Report on vaccination in the Province of Bengal - 1869-1873
Year: 1869
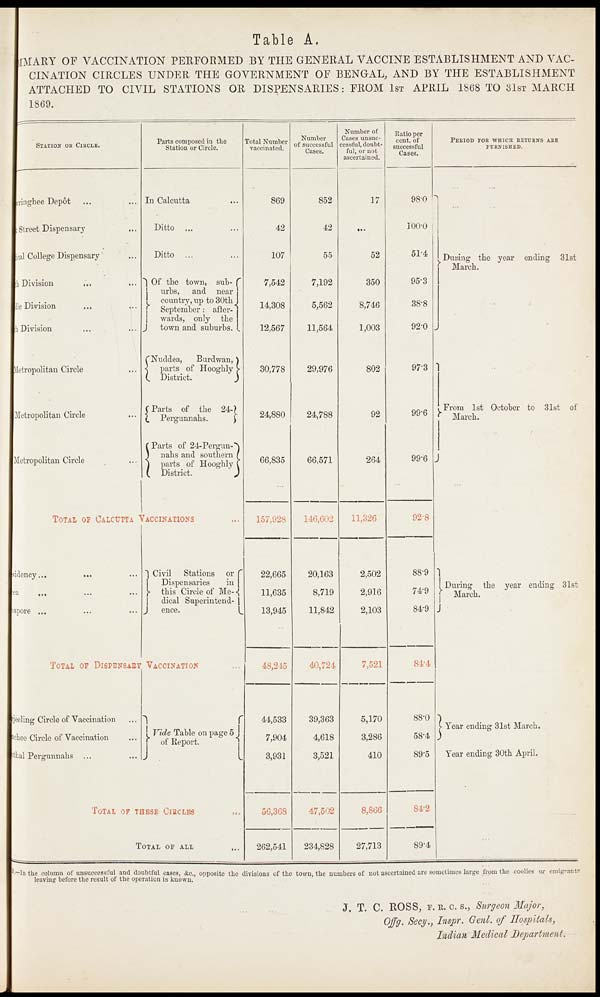
Table A.
MMARY OF VACCINATION PERFORMED BY THE GENERAL VACCINE ESTABLISHMENT AND VAC-
CINATION CIRCLES UNDER THE GOVERNMENT OF BENGAL, AND BY THE ESTABLISHMENT
ATTACHED TO CIVIL STATIONS OR DISPENSARIES: FROM 1ST APRIL 1868 TO 31ST MARCH
1869.
STATION OR CIRCLE.
vringhee Depôt... ...
Street Dispensary... ...
ieal College Dispensary... ...
Division... ...
Division... ...
Division... ...
Metropolitan Circle... ...
Metropolitan Circle
Metropolitan Circle... ...
Parts composed in the
Station or Circle.
In Calcutta...
Ditto ... ...
Ditto ... ...
Of the town, sub-
urbs, and near
country, up to 30th
September : after-
wards, only the
town and suburbs.
Nuddea, Burdwan
parts of Hooghly
District.
Parts of the 24-
Pergunnahs.
Parts of 24-Pergun-
nahs and southern
parts of Hooghly
District.
TOTAL OF CALCUTTA VACCINATIONS...
sidency...
...
...
ca ... ... ...
mpore... ... ...
Civil Stations or
Dispensaries
in
this Circle of Me-
dical Superintend-
ence.
TOTAL OF DISPENSARY VACCINATION.
jeeling Circle of Vaccination...
ichee Circle of Vaccination...
thal Pergunnahs... ...
Vide Table on page 5
of Report.
TOTAL OF THESE CIRCLES...
TOTAL OF ALL. . .
Total Number
vaccinated.
869
42
107
7,542
14,308
12,567
30,778
24,880
66,835
157,928
22,665
11,635
13,945
48,245
44,533
7,904
3,931
56,368
262,541
Number
of successful
Cases.
852
42
55
7,192
5,562
11,564
29,976
24,788
66,571
146,602
20,163
8,719
11,842
40,724
39,363
4,618
3,521
47,502
234,828
Number of
Cases unsuc-
cessful, doubt-
ful, or not
ascertained.
17
...
52
350
8,746
1,003
802
92
264
11,326
2,502
2,916
2,103
7,521
5,170
3,286
410
8,866
27,713
Ratio per
cent. of
successful
Cases.
98.0
100.0
51.4
95.3
38.8
92.0
97.3
99.6
99.6
92.8
88.9
74.9
84.9
84.4
88.0
58.4
89.5
84.2
89.4
PERIOD FOR WHICH RETURNS ARE
FURNISHED.
During the year ending 31st
March.
From 1st October to 31st of
March.
During the year ending 31st
March.
Year ending 31st March.
Year ending 30th April.
B. —In the column of unsuccessful and doubtful cases, &c., opposite the divisions of the town, the numbers of not ascertained are sometimes large from the coolies or emigrants
leaving before the result of the operation is known.
J. T. C. ROSS, F. R. C. S., Surgeon Major,
Offg. Secy., Inspr. Genl. of Hospitals,
Indian Medical Department.